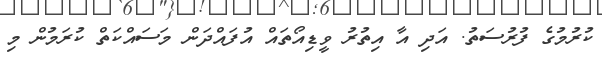
ކުރުމުގެ ފުރުސަތު. އަދި އާ އިތުރު ވީޑިއޯތައް އުފައްދަން މަސައްކަތް ކުރަމުން މި